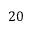
2 0